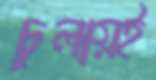
চুলায়ই